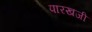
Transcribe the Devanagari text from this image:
पारखजी